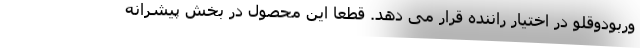
وربودوقلو در اختیار راننده قرار می دهد. قطعا این محصول در بخش پیشرانه